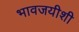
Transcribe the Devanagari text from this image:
भावजयीशी